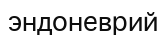
эндоневрий